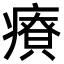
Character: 𤺂